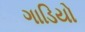
ગાડિયો